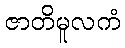
ဇာတိမူလကံ